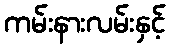
ကမ်းနားလမ်းနှင့်